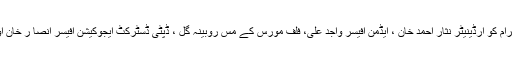
جس سے ایس آرایس پی کے پروگرام کو آرڈینیٹر نثار احمد خان ، ایڈمن آفیسر واجد علی، فلف مورس کے مس روبینہ گل ، ڈپٹی ڈسٹرکٹ ایجوکیشن آفیسر انصا ر خان اور سلیمان خان نے بھی خطاب کیا۔